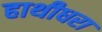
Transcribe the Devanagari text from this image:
हाथीधरा